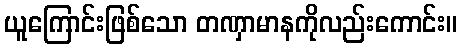
ယူကြောင်းဖြစ်သော တဏှာမာနကိုလည်းကောင်း။